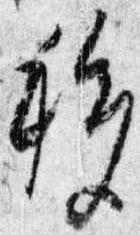
移